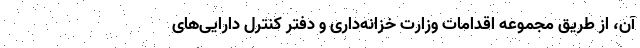
آن، از طریق مجموعه اقدامات وزارت خزانه‌داری و دفتر کنترل دارایی‌های